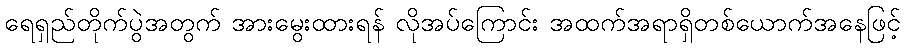
ရေရှည်တိုက်ပွဲအတွက် အားမွေးထားရန် လိုအပ်ကြောင်း အထက်အရာရှိတစ်ယောက်အနေဖြင့်